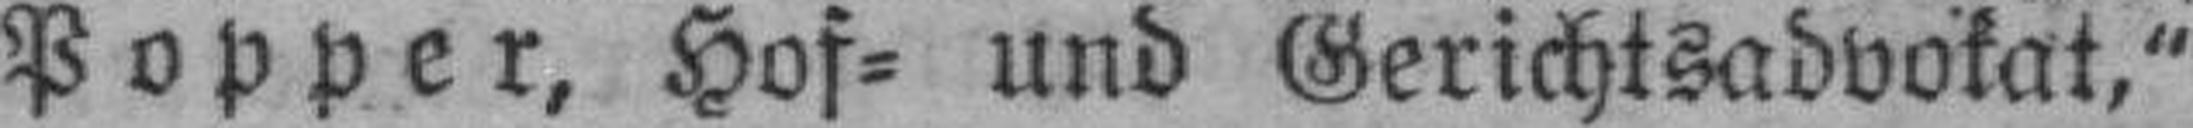
Popper, Hof= und Gerichtsadvokat,"